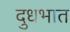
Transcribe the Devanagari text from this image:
दुधभात